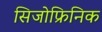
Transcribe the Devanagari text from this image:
सिजोफ्रिनिक